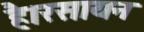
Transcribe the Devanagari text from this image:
है।रसायन